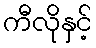
ကီလိုနှင့်